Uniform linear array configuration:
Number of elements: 24
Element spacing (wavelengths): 0.75
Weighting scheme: kaiser
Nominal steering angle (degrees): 15
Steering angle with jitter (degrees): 14.776
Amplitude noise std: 0.05
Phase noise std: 0.05

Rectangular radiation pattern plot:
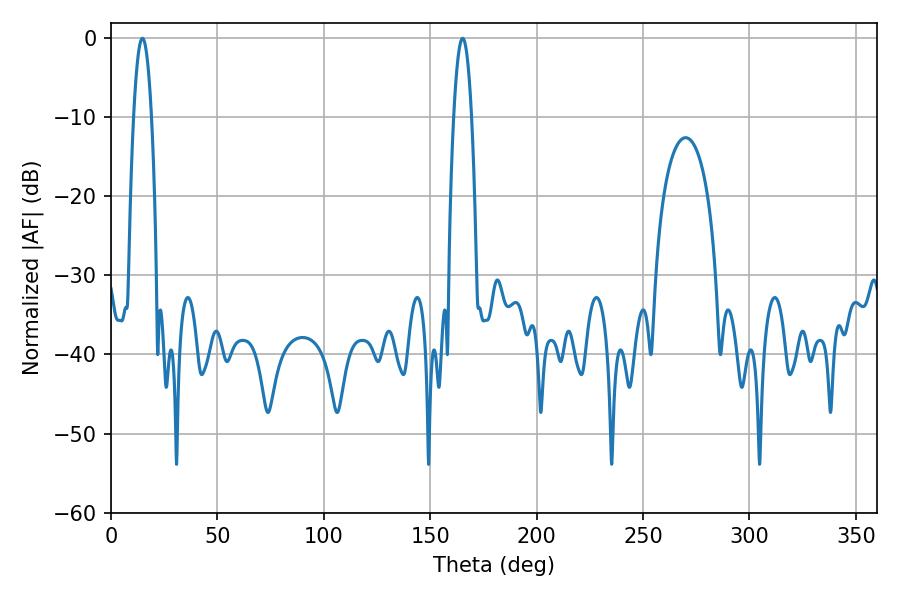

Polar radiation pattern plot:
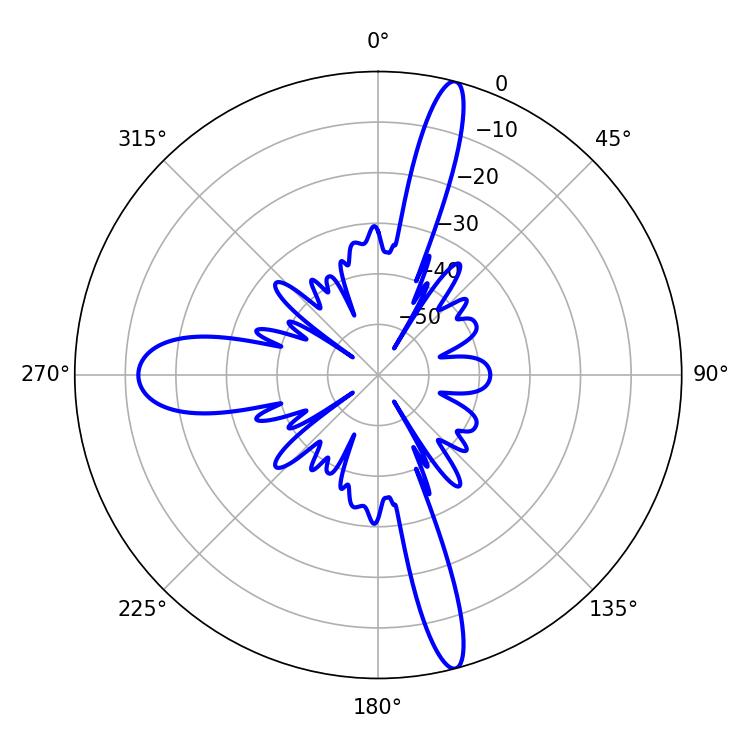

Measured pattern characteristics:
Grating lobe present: TRUE
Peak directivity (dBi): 18.104
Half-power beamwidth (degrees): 4.68
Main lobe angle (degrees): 14.76